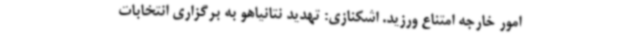
امور خارجه امتناع ورزید. اشکنازی: تهدید نتانیاهو به برگزاری انتخابات